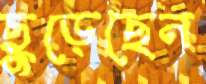
ছুড়েছেন